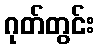
ဂုတ်တွင်း